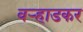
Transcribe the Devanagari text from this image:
वर्‍हाडकर